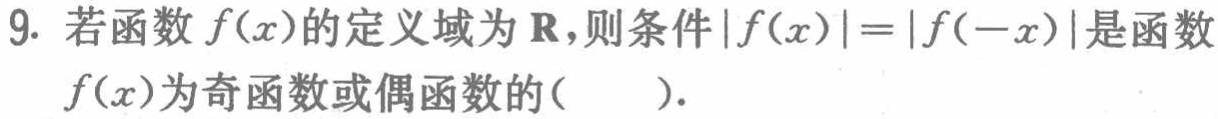
9. 若函数$f(x)$的定义域为$\mathbf{R}$，则条件$|f(x)| = |f(-x)|$是函数$f(x)$为奇函数或偶函数的(  ).